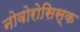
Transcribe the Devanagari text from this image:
नोवोरोसिस्क